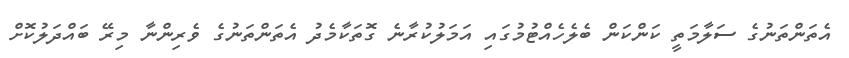
އެތަންތަނުގެ ސަލާމަތީ ކަންކަން ބެލެހެއްޓުމުގައި އަމަލުކުރާނެ ގޮތަކާމެދު އެތަންތަނުގެ ވެރިންނާ މިރޭ ބައްދަލުކޮށް